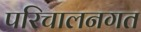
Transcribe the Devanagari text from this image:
परिचालनगत